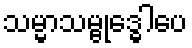
သမ္မာသမ္ဗုဒ္ဓေါပေ